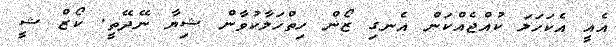
އެއީ އެކަހަލަ ކުއްޖެއްކަން އެނގި ޒޯން ހިތްހަލާކުވާން ޝިޔާ ނޭދޭތީ. ކޯޒް ޝީ